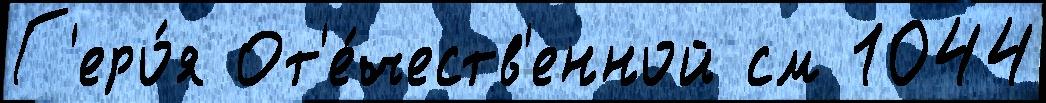
Г'еро́я От'е́честв'енной см 1044